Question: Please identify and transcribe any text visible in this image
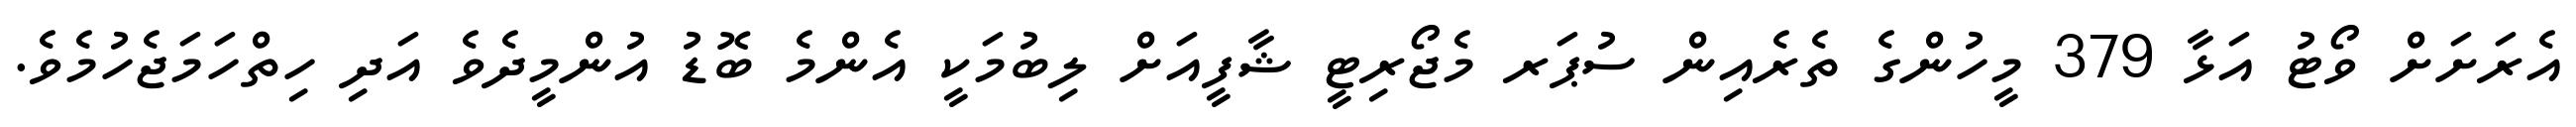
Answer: އެރަށަށް ވޯޓު އަޅާ 379 މީހުންގެ ތެރެއިން ސުޕަރ މެޖޯރިޓީ ޝާފީއަށް ލިބުމަކީ އެންމެ ބޮޑު އުންމީދެވެ އަދި ހިތްހަމަޖެހުމެވެ.